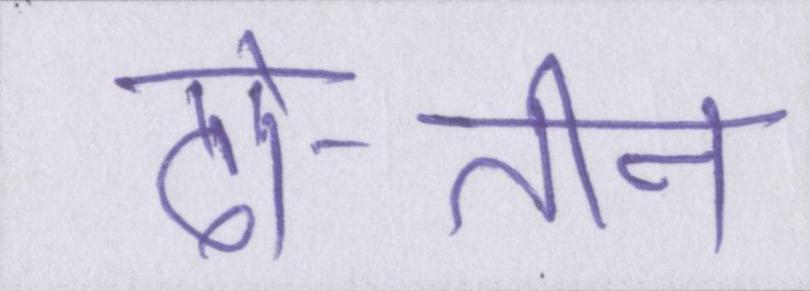
दो-तीन